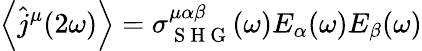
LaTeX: \left\langle\hat{j}^{\mu}(2\omega)\right\rangle=\sigma_{\mathrm{~S~H~G~}}^{\mu\alpha\beta}(\omega)E_{\alpha}(\omega)E_{\beta}(\omega)